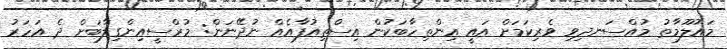
މައުލޫމާތު މުއްސަނދިވި ވެރިކަމަށް އައީ އިންތިހާބަކުން އިސްތިއުފާއެއް ނުދޭނަން: މުރްސީއިންގިލާބަށް ދެ އަހަރު